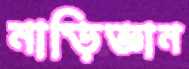
নাড়িজ্ঞান